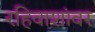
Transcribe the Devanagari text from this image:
रहिवाशांवर